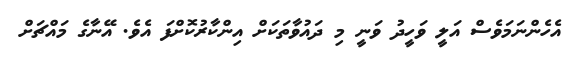
އެހެންނަމަވެސް އަލީ ވަހީދު ވަނީ މި ދައުވާތަކަށް އިންކާރުކޮށްފަ އެވެ. އޭނާގެ މައްޗަށް